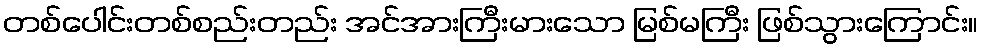
တစ်ပေါင်းတစ်စည်းတည်း အင်အားကြီးမားသော မြစ်မကြီး ဖြစ်သွားကြောင်း။